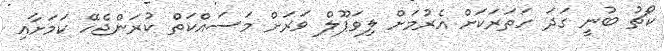
ކޯޗު ބުނީ ގަދަ ހަތަރަކަށް އެރުމަށް ލިވަޕޫލް ވަރަށް މަސައްކަތް ކުރަންޖެހޭ ކަމަށާއި